Report on vaccination in Madras 1877-1894 - 1877-1894
Year: 1877
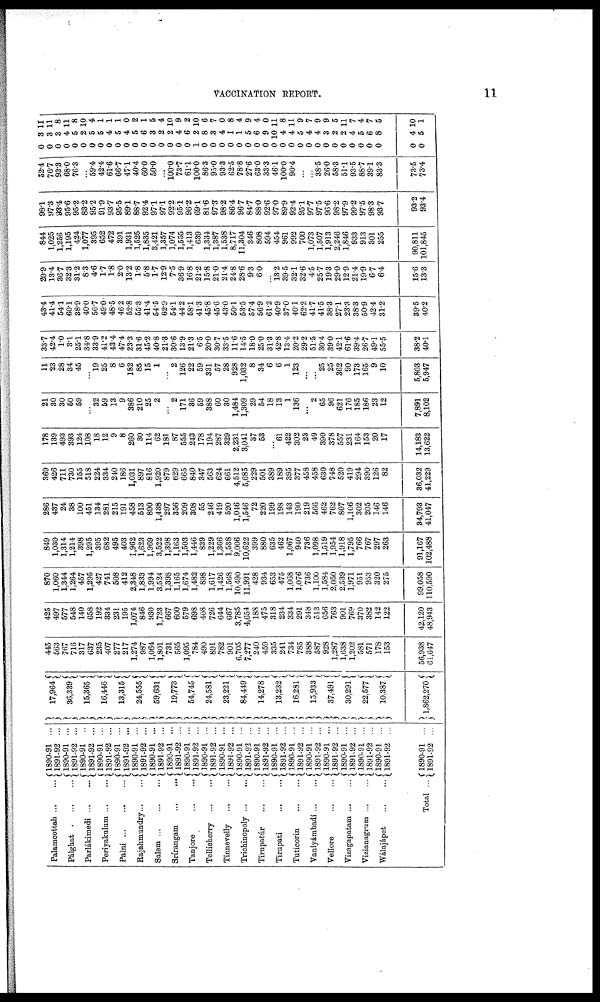
VACCINATION REPORT.
11
Palamcottah ... ...
Pálghat ... ... ...
Parlákimedi
...
...
Periyakulum ... ...
Palni
...
...
...
Rajahmundry ... ...
Salem
...
...
...
Srírangam
...
...
Tanjore
Tellicherry
...
...
Tinnevelly
...
...
Trichinopoly ... ...
Tirupatúr
...
...
Tirupati
...
...
Tuticorin
...
...
Vaniyámbadi ... ...
Vellore
...
...
Vizagapatam ... ...
Vizianagrum ... ...
Wálajápet
...
...
Total ...
1890-91 ...
1891-92 ...
1890-91 ...
1891-92 ...
1890-91 ...
1891-92 ...
1890-91 ...
1891-92 ...
1890-91 ...
1891-92 ...
1890-91 ...
1891-92 ...
1890-91 ...
1891-92 ...
1890-91 ...
1891-92 ...
1890-91 ...
1891-92 ...
1890-91 ...
1891-92 ...
1890-91 ...
1891-92 ...
1890-91 ...
1891-92 ...
1890-91 ...
1891-92 ...
1890-91 ...
1891-92 ...
1890-91 ...
1891-92 ...
1890-91 ...
1891-92 ...
1890-91 ...
1891-92 ...
1890-91 ...
1891-92 ...
1890-91 ...
1891-92 ...
1890-91 ...
1891-92 ...
1890-91 ...
1891-92 ...
17,964
36,339
15,365
16,446
13,315
24,555
59,631
19,773
54,745
24,581
23,221
84,449
14,278
13,232
16,281
15,933
37,491
30,291
22,577
10,387
1,862,270
445
563
767
716
317
637
235
407
277
217
1,274
987
1,064
1,801
731
565
1,095
784
490
891
782
901
6,705
7,277
240
459
335
241
734
785
388
587
928
1,287
1,638
1,202
581
571
178
153
56,938
61,647
425
497
577
548
140
658
192
334
231
195
1,074
846
930
1,723
667
600
579
698
408
726
644
667
3,785
4,654
188
475
318
234
334
291
348
513
656
763
901
769
370
382
142
122
42,120
48,943
870
1,060
1,344
1,264
457
1,295
427
741
508
412
2,348
1,833
1,994
3,524
1,398
1,165
1,674
1,482
898
1,617
1,426
1,568
10,490
11,931
428
934
653
475
1,068
1,076
736
1,100
1,584
2,050
2,539
1,971
951
953
320
275
99,058
110,590
849
1,030
1,314
1,214
398
1,295
395
682
495
403
1,962
1,623
1,969
3,522
1,398
1,163
1,503
1,446
839
1,229
1,366
1,538
9,006
10,622
399
880
635
462
1,067
940
736
1,098
1,519
1,954
1,918
1,795
766
767
297
263
91,167
102,488
286
437
24
38
100
451
134
281
215
191
458
513
890
1,438
297
356
209
308
55
246
419
520
1,046
1,546
72
220
199
198
143
190
219
566
462
762
807
1,106
302
205
146
146
34,793
41,047
369
426
711
730
155
518
224
334
240
186
1,031
897
816
1,920
879
629
665
840
347
563
624
661
4,512
5,685
229
501
389
189
395
377
458
458
630
748
520
419
294
390
126
82
36,032
41,229
178
139
493
393
124
108
18
12
9
8
260
30
114
62
181
87
555
243
178
194
287
329
2,231
3,041
37
53
...
61
422
302
23
49
390
378
557
231
164
153
20
17
14,183
13,622
21
30
30
50
59
...
32
59
13
9
386
210
25
2
...
2
171
36
59
388
60
30
1,484
1,309
29
54
18
13
1
136
...
2
65
96
621
176
185
186
23
12
7,891
8,102
11
23
28
34
45
...
19
25
8
6
182
85
15
1
...
2
126
22
59
331
57
28
928
1,032
8
34
6
6
1
123
...
25
25
362
90
173
165
9
10
5,803
5,947
33.7
42.4
1.0
3.1
25.1
34.8
33.9
41.2
43.4
47.4
23.3
31.6
45.2
40.8
21.3
30.6
13.9
21.3
6.5
20.0
30.7
33.5
11.6
14.5
18.0
25.0
31.3
42.8
13.4
20.2
29.2
51.5
30.4
39.0
42.1
61.6
39.4
26.7
49.1
55.5
38.2
40.1
43.4
41.4
54.1
60.1
38.9
40.0
56.7
49.0
48.5
46.2
52.8
55.3
41.4
54.5
62.9
54.1
44.2
58.1
41.3
45.8
45.6
43.0
50.1
53.5
57.4
56.9
61.2
40.9
37.0
40.1
62.2
41.7
41.5
38.3
27.1
23.3
38.3
50.9
42.4
31.2
39.5
40.2
20.9
13.4
36.7
32.3
31.2
8.3
4.6
1.7
1.8
2.0
13.2
1.8
5.8
1.7
12.9
7.5
36.9
16.8
21.2
15.8
21.0
21.4
24.8
28.6
9.3
6.0
...
13.2
39.5
32.1
32.6
4.5
25.7
19.3
29.0
12.9
21.4
19.9
6.7
6.4
15.6
13.3
844
1,025
1,256
1,195
424
1,077
395
652
472
391
1,931
1,525
1,835
3,421
1,357
1,074
1,555
1,413
639
1,334
1,387
1,538
8,717
11,304
346
808
594
454
961
992
700
1,073
1,507
1,913
2,246
1,846
933
913
301
255
90,811
101,845
98.1
97.3
93.4
95.6
95.2
83.2
95.2
91.9
93.7
95.5
89.1
88.7
92.4
97.1
97.1
92.2
95.1
96.2
69.1
81.6
97.3
98.2
86.4
96.7
84.7
88.0
92.6
97.0
89.9
92.4
95.1
97.7
97.5
96.6
98.2
97.9
99.2
97.5
98.3
93.7
93.2
93.4
52.4
76.7
93.3
68.0
76.3
...
59.4
42.4
61.6
66.7
47.1
40.4
60.0
50.0
...
100.0
73.7
61.1
100.0
86.3
95.0
93.3
62.5
78.8
27.6
63.0
33.3
46.1
100.0
90.4
...
...
38.5
26.0
58.3
51.1
93.5
88.7
39.1
83.3
73.5
73.4
0
0
0
0
0
0
0
0
0
0
0
0
0
0
0
0
0
0
1
0
0
0
0
0
0
0
0
0
0
0
0
0
0
0
0
0
0
0
0
0
0
0
3
3
3
4
5
2
5
5
4
5
4
5
6
3
2
2
4
6
2
8
3
4
1
1
5
6
9
10
4
4
5
4
4
3
2
2
4
5
6
8
4
5
11
11
8
11
8
10
4
1
1
1
0
2
1
5
4
10
9
2
10
6
7
0
8
4
9
4
0
11 8
11
9
7
9
9
5
11
7
4
7
5
10
1